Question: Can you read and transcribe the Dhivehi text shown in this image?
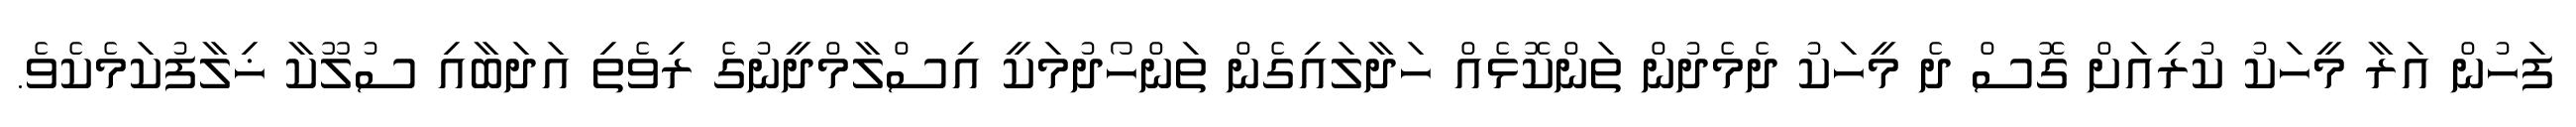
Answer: ފަހުން އަރާ މީހަކު ކުރިއަށް ގޮސް ދެ މީހަކު ދެމެދުން ތަންކޮޅެއް ހަދާލައިގެން ތަންހޯދުމަކީ އިސްލާމްދީނުގެ ރިވެތި އަދަބާއި ސުލޫކާ ޚިލާފުކަމެކެވެ.